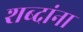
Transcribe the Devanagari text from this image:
शब्‍दांना